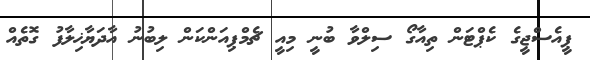
ޕީއެސްޖީގެ ކެޕްޓަން ތިއާގޯ ސިލްވާ ބުނީ މިއީ ޗެމްޕިއަންކަން ލިބުނު އާދަޔާޚިލާފު ގޮތެއް